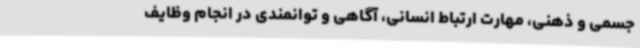
جسمی و ذهنی، مهارت ارتباط انسانی، آگاهی و توانمندی در انجام وظایف